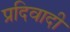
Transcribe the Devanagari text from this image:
प्रदिवादी